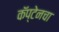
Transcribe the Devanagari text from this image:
कॅप्टेनचा